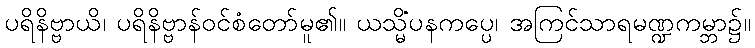
ပရိနိဗ္ဗာယိ၊ ပရိနိဗ္ဗာန်ဝင်စံတော်မူ၏။ ယသ္မိံပနကပ္ပေ၊ အကြင်သာရမဏ္ဍကမ္ဘာ၌။